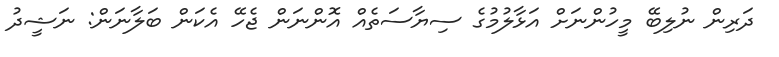
ދަރިން ނުލިބޭ މީހުންނަށް އަޅާލުމުގެ ސިޔާސަތެއް އޮންނަން ޖެހޭ އެކަން ބަލާނަން: ނަޝީދު